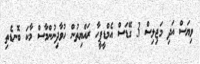
ވިޔަސް އަދި މަޖިލިސް 3 ގޭޑަސް އެމްޑީޕީހާ ރައްޔިތުން ހުވާދިނުންމާސް މާކަ ބޮނޑެތި